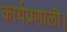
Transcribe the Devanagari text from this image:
कार्यप्रणाली।